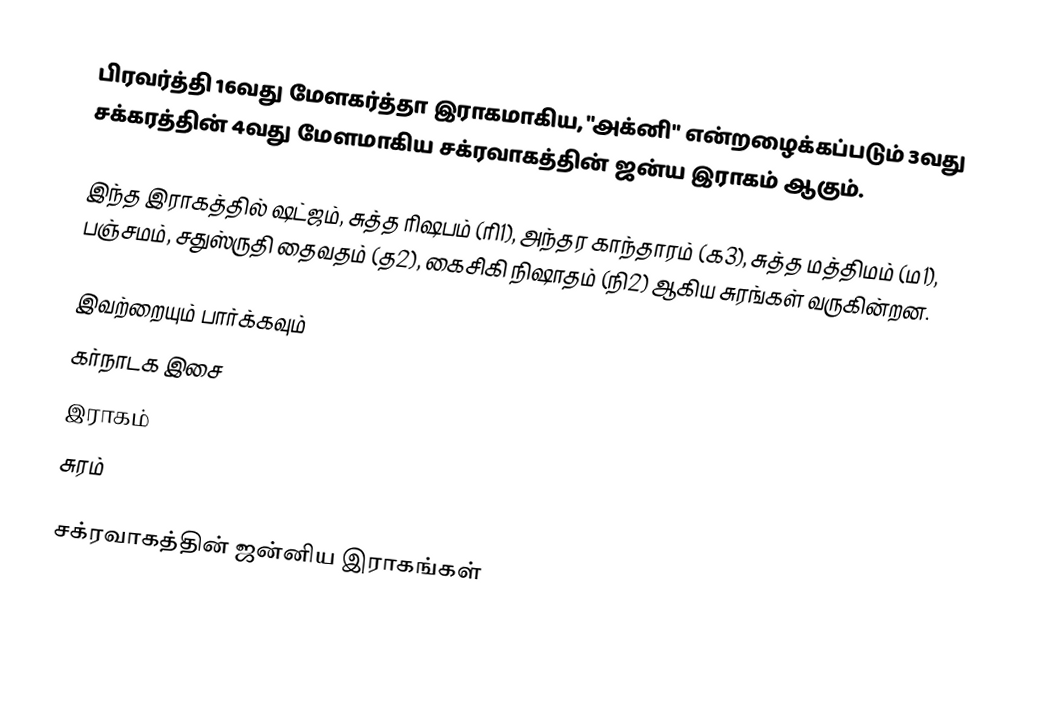
பிரவர்த்தி 16வது மேளகர்த்தா இராகமாகிய, "அக்னி" என்றழைக்கப்படும் 3வது சக்கரத்தின் 4வது மேளமாகிய சக்ரவாகத்தின் ஜன்ய இராகம் ஆகும்.

இந்த இராகத்தில் ஷட்ஜம், சுத்த ரிஷபம் (ரி1),  அந்தர காந்தாரம் (க3), சுத்த மத்திமம் (ம1), பஞ்சமம்,  சதுஸ்ருதி தைவதம் (த2), கைசிகி நிஷாதம்  (நி2) ஆகிய சுரங்கள் வருகின்றன.

இவற்றையும் பார்க்கவும்
 கர்நாடக இசை
 இராகம்
 சுரம்

சக்ரவாகத்தின் ஜன்னிய இராகங்கள்